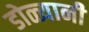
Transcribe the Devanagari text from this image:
डोळ्यानी